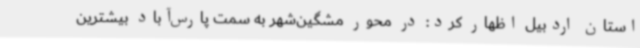
استان اردبیل اظهار کرد: در محور مشگین‌شهر به سمت پارس‌آباد بیشترین